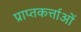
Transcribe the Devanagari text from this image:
प्राप्तकर्त्ताओं